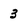
Character: 3